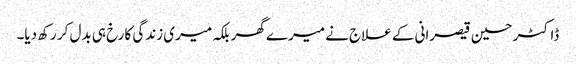
ڈاکٹر حسین قیصرانی کے علاج نے میرے گھر بلکہ میری زندگی کا رخ ہی بدل کر رکھ دیا۔